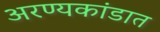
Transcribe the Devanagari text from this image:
अरण्यकांडात